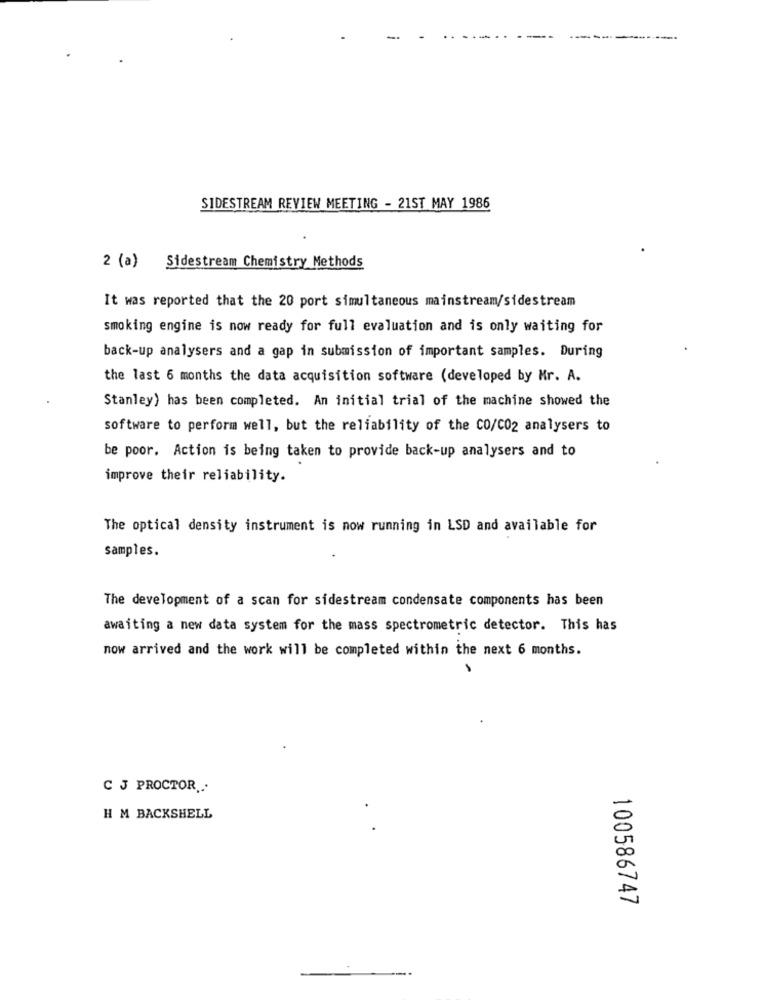
SIDESTREAM REVIEW MEETING - 21ST MAY 1986
2 (a) Sidestream Chemistry Methods
It was reported that the 20 port simultaneous mainstream/sidestream
smoking engine is now ready for full evaluation and is only waiting for
back-up analysers and a gap in submission of important samples. During
the last 6 months the data acquisition software (developed by Mr. A.
Stanley) has been completed. An initial trial of the machine showed the
software to perform well, but the reliability of the CO/CO2 analysers to
be poor. Action is being taken to provide back-up analysers and to
improve their reliability.
The optical density instrument is now running in LSD and available for
samples.
The development of a scan for sidestream condensate components has been
awaiting a new data system for the mass spectrometric detector. This has
now arrived and the work will be completed within the next 6 months.
C J PROCTOR ...
H M BACKSHELL
100586747